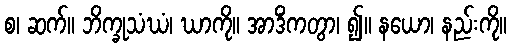
စ၊ ဆက်။ ဘိက္ခုသံဃံ၊ ဃာကို။ အာဒိံကတွာ၊ ၍။ နယော၊ နည်းကို။